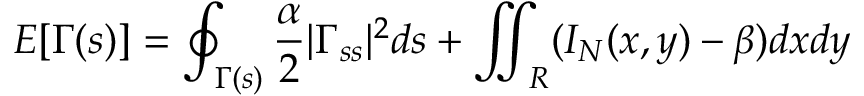
E [ \Gamma ( s ) ] = \oint _ { \Gamma ( s ) } \frac { \alpha } { 2 } | \Gamma _ { s s } | ^ { 2 } d s + \iint _ { R } ( I _ { N } ( x , y ) - \beta ) d x d y